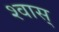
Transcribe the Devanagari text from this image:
श्वास्